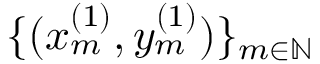
\{ ( x _ { m } ^ { ( 1 ) } , y _ { m } ^ { ( 1 ) } ) \} _ { m \in \mathbb { N } }